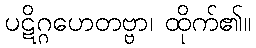
ပဋိဂ္ဂဟေတဗ္ဗာ၊ ထိုက်၏။